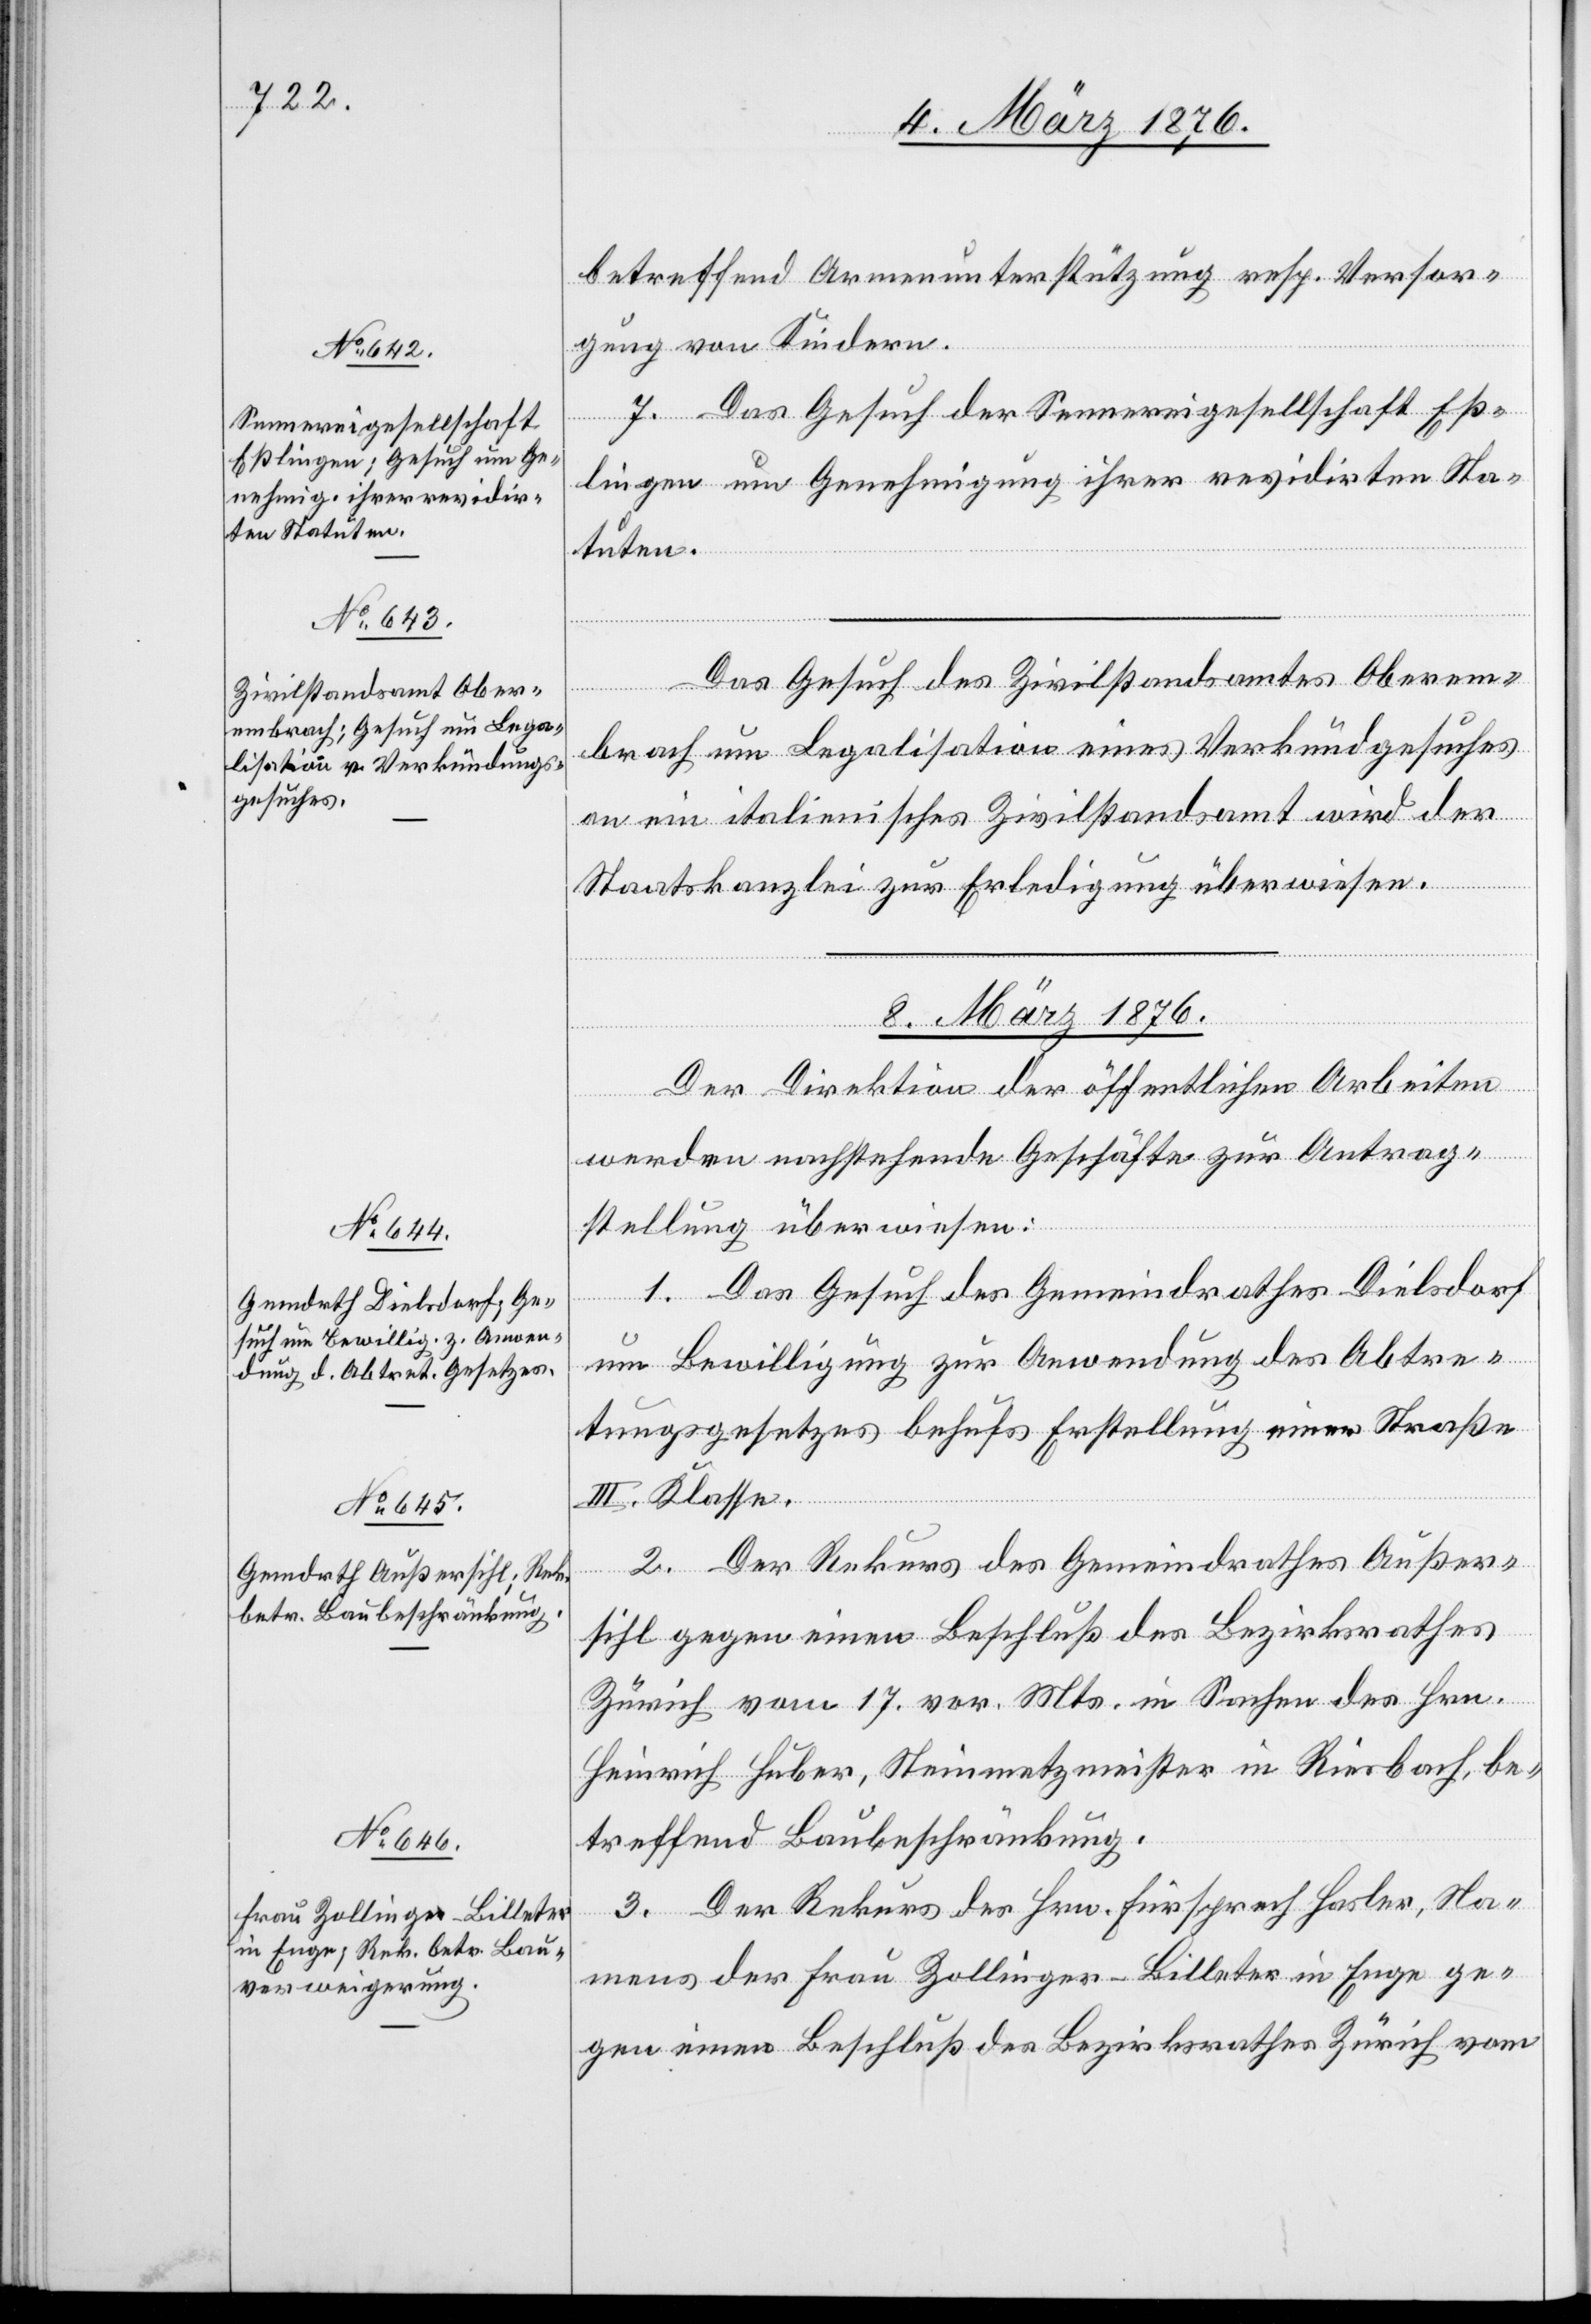
8. März 1876.]
betreffend Armenunterstützung resp. Versor¬
gung von Kindern.
7. Das Gesuch der Sennereigesellschaft Eß¬
lingen um Genehmigung ihrer revidirten Sta¬
tuten.
Das Gesuch des Zivilstandsamtes Oberem¬
brach um Legalisation eines Verkündgesuches
an ein italienisches Zivilstandsamt wird der
Staatskanzlei zur Erledigung überwiesen.
Der Direktion der öffentlichen Arbeiten
werden nachstehende Geschäfte zur Antrag¬
fügungen
stellung überwiesen:
1. Das Gesuch des Gemeindrathes Dielsdorf
um Bewilligung zur Anwendung des Abtre¬
tungsgesetzes behufs Erstellung einer Straße
III. Klasse.
2. Der Rekurs des Gemeindrathes Außer¬
tzung
sihl gegen einen Beschluß des Bezirksrathes
Zürich vom 17. vor. Mts. in Sachen des Hrn.
Heinrich Huber, Steinmetzmeister in Riesbach, be¬
treffend Baubeschränkung.
3. Der Rekurs des Hrn. Fürsprech Hasler, Na¬
mens der Frau Zollinger-Billeter in Enge ge¬
gen einen Beschluß des Bezirksrathes Zürich vom